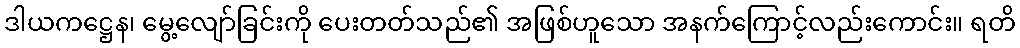
ဒါယကဋ္ဌေန၊ မွေ့လျော်ခြင်းကို ပေးတတ်သည်၏ အဖြစ်ဟူသော အနက်ကြောင့်လည်းကောင်း။ ရတိ